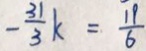
- \frac { 3 1 } { 3 } k = \frac { 1 9 } { 6 }